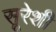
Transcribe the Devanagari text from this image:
सूरेशी